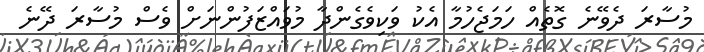
މުސާރަ ދެވޭނެ ގޮތެއް ހަމަޖެހުމާ އެކު ވަކިވެގެންދާ މުވައްޒަފުންނަށް ވެސް މުސާރަ ދޭނެ